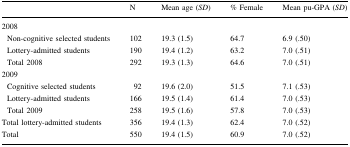
|  | N | Mean age (SD) | % Female | Mean pu-GPA (SD) |
 | --- | --- | --- | --- | --- |
 | <COLSPAN=5> 2008 |
 | Non-cognitive selected students | 102 | 19.3 (1.5) | 64.7 | 6.9 (.50) |
 | Lottery-admitted students | 190 | 19.4 (1.2) | 63.2 | 7.0 (.51) |
 | Total 2008 | 292 | 19.3 (1.3) | 64.6 | 7.0 (.51) |
 | <COLSPAN=5> 2009 |
 | Cognitive selected students | 92 | 19.6 (2.0) | 51.5 | 7.1 (.53) |
 | Lottery-admitted students | 166 | 19.5 (1.4) | 61.4 | 7.0 (.53) |
 | Total 2009 | 258 | 19.5 (1.6) | 57.8 | 7.0 (.53) |
 | Total lottery-admitted students | 356 | 19.4 (1.3) | 62.4 | 7.0 (.52) |
 | Total | 550 | 19.4 (1.5) | 60.9 | 7.0 (.52) |